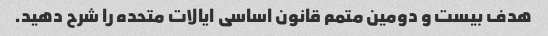
هدف بیست و دومین متمم قانون اساسی ایالات متحده را شرح دهید.